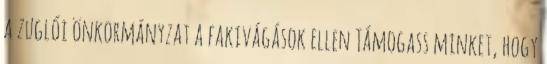
a zuglói önkormányzat a fakivágások ellen Támogass minket, hogy